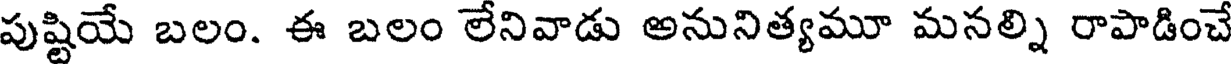
పుష్టియే బలం. ఈ బలం లేనివాడు అనునిత్యమూ మనల్ని రాపాడించే